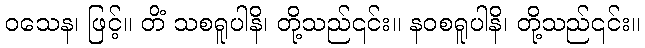
ဝသေန၊ ဖြင့်။ တိံ သစရူပါနိ၊ တို့သည်၎င်း။ နဝစရူပါနိ၊ တို့သည်၎င်း။